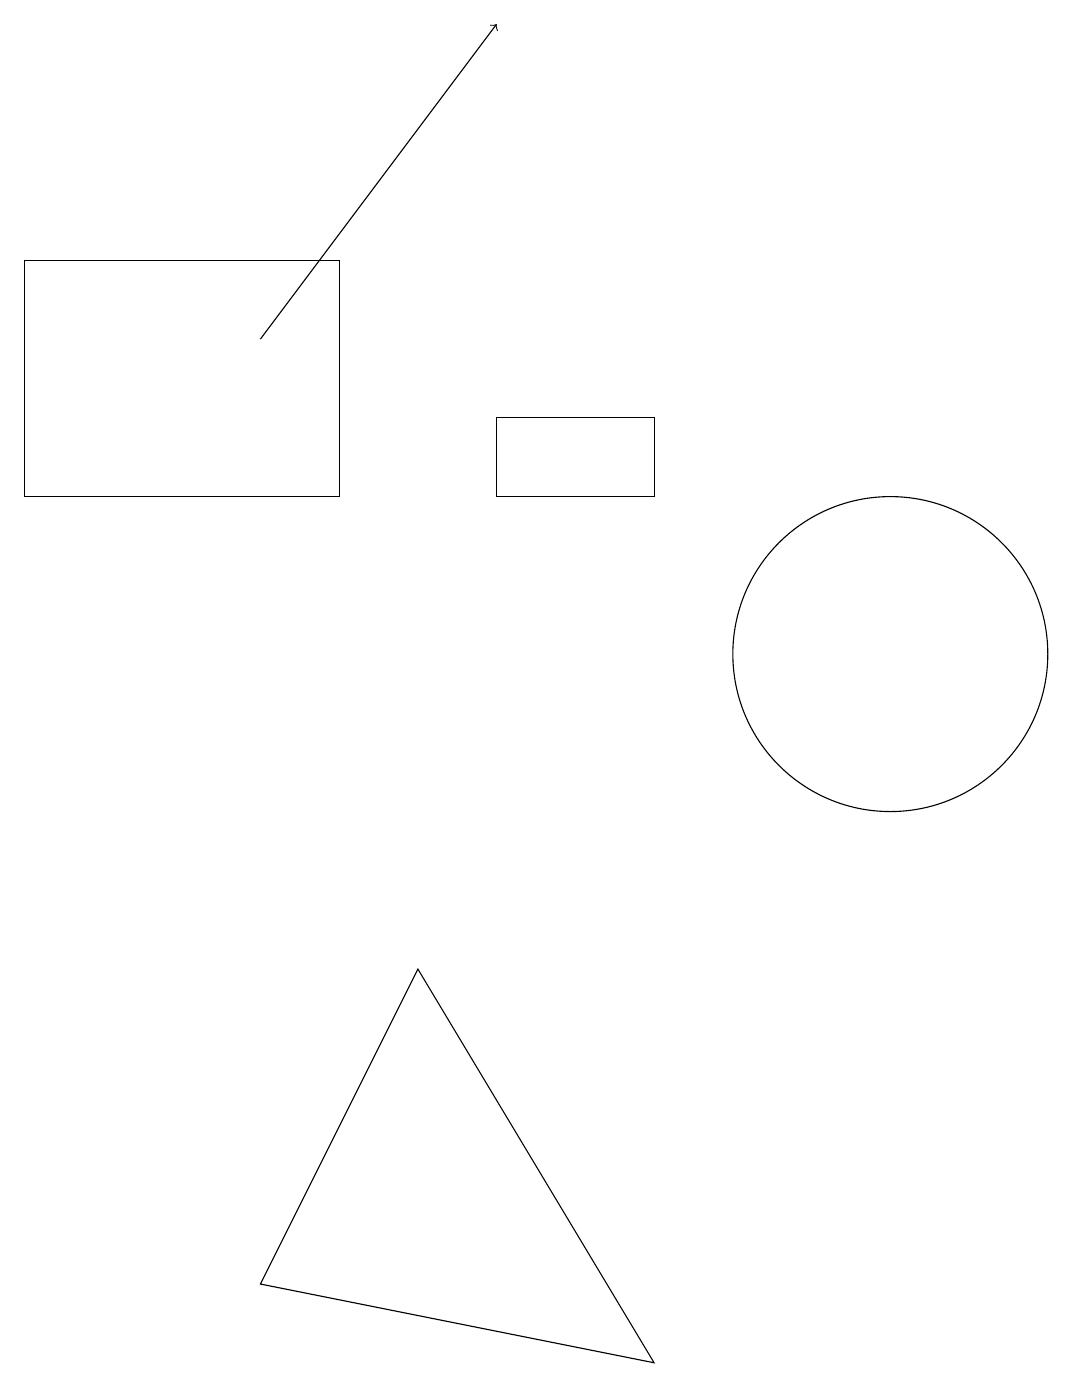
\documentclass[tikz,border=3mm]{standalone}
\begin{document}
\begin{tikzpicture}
\draw[->] (3,15) -- (6,19);
\draw (8,2) -- (3,3) -- (5,7) -- cycle;
\draw (6,13) rectangle (8,14);
\draw (4,13) rectangle (0,16);
\draw (11,11) circle (2);
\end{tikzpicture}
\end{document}